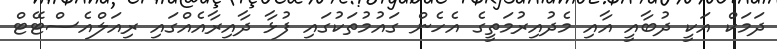
ދަމަކް އަކީ ދުބާއީ އާއި މެދުއިރުމަތީގެ އެހެން ގައުމުތަކުގައި ފުޅާ ދާއިރާއެއްގައި ރިއަލްއެސްޓޭޓް